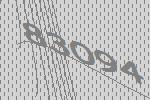
83094